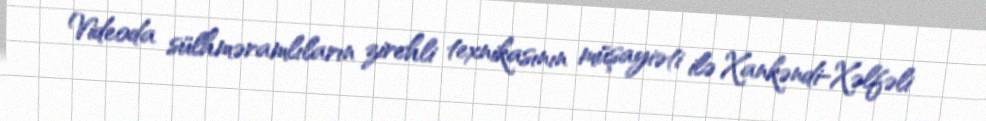
Videoda sülhməramlıların zirehli texnikasının müşayiəti ilə Xankəndi-Xəlfəli